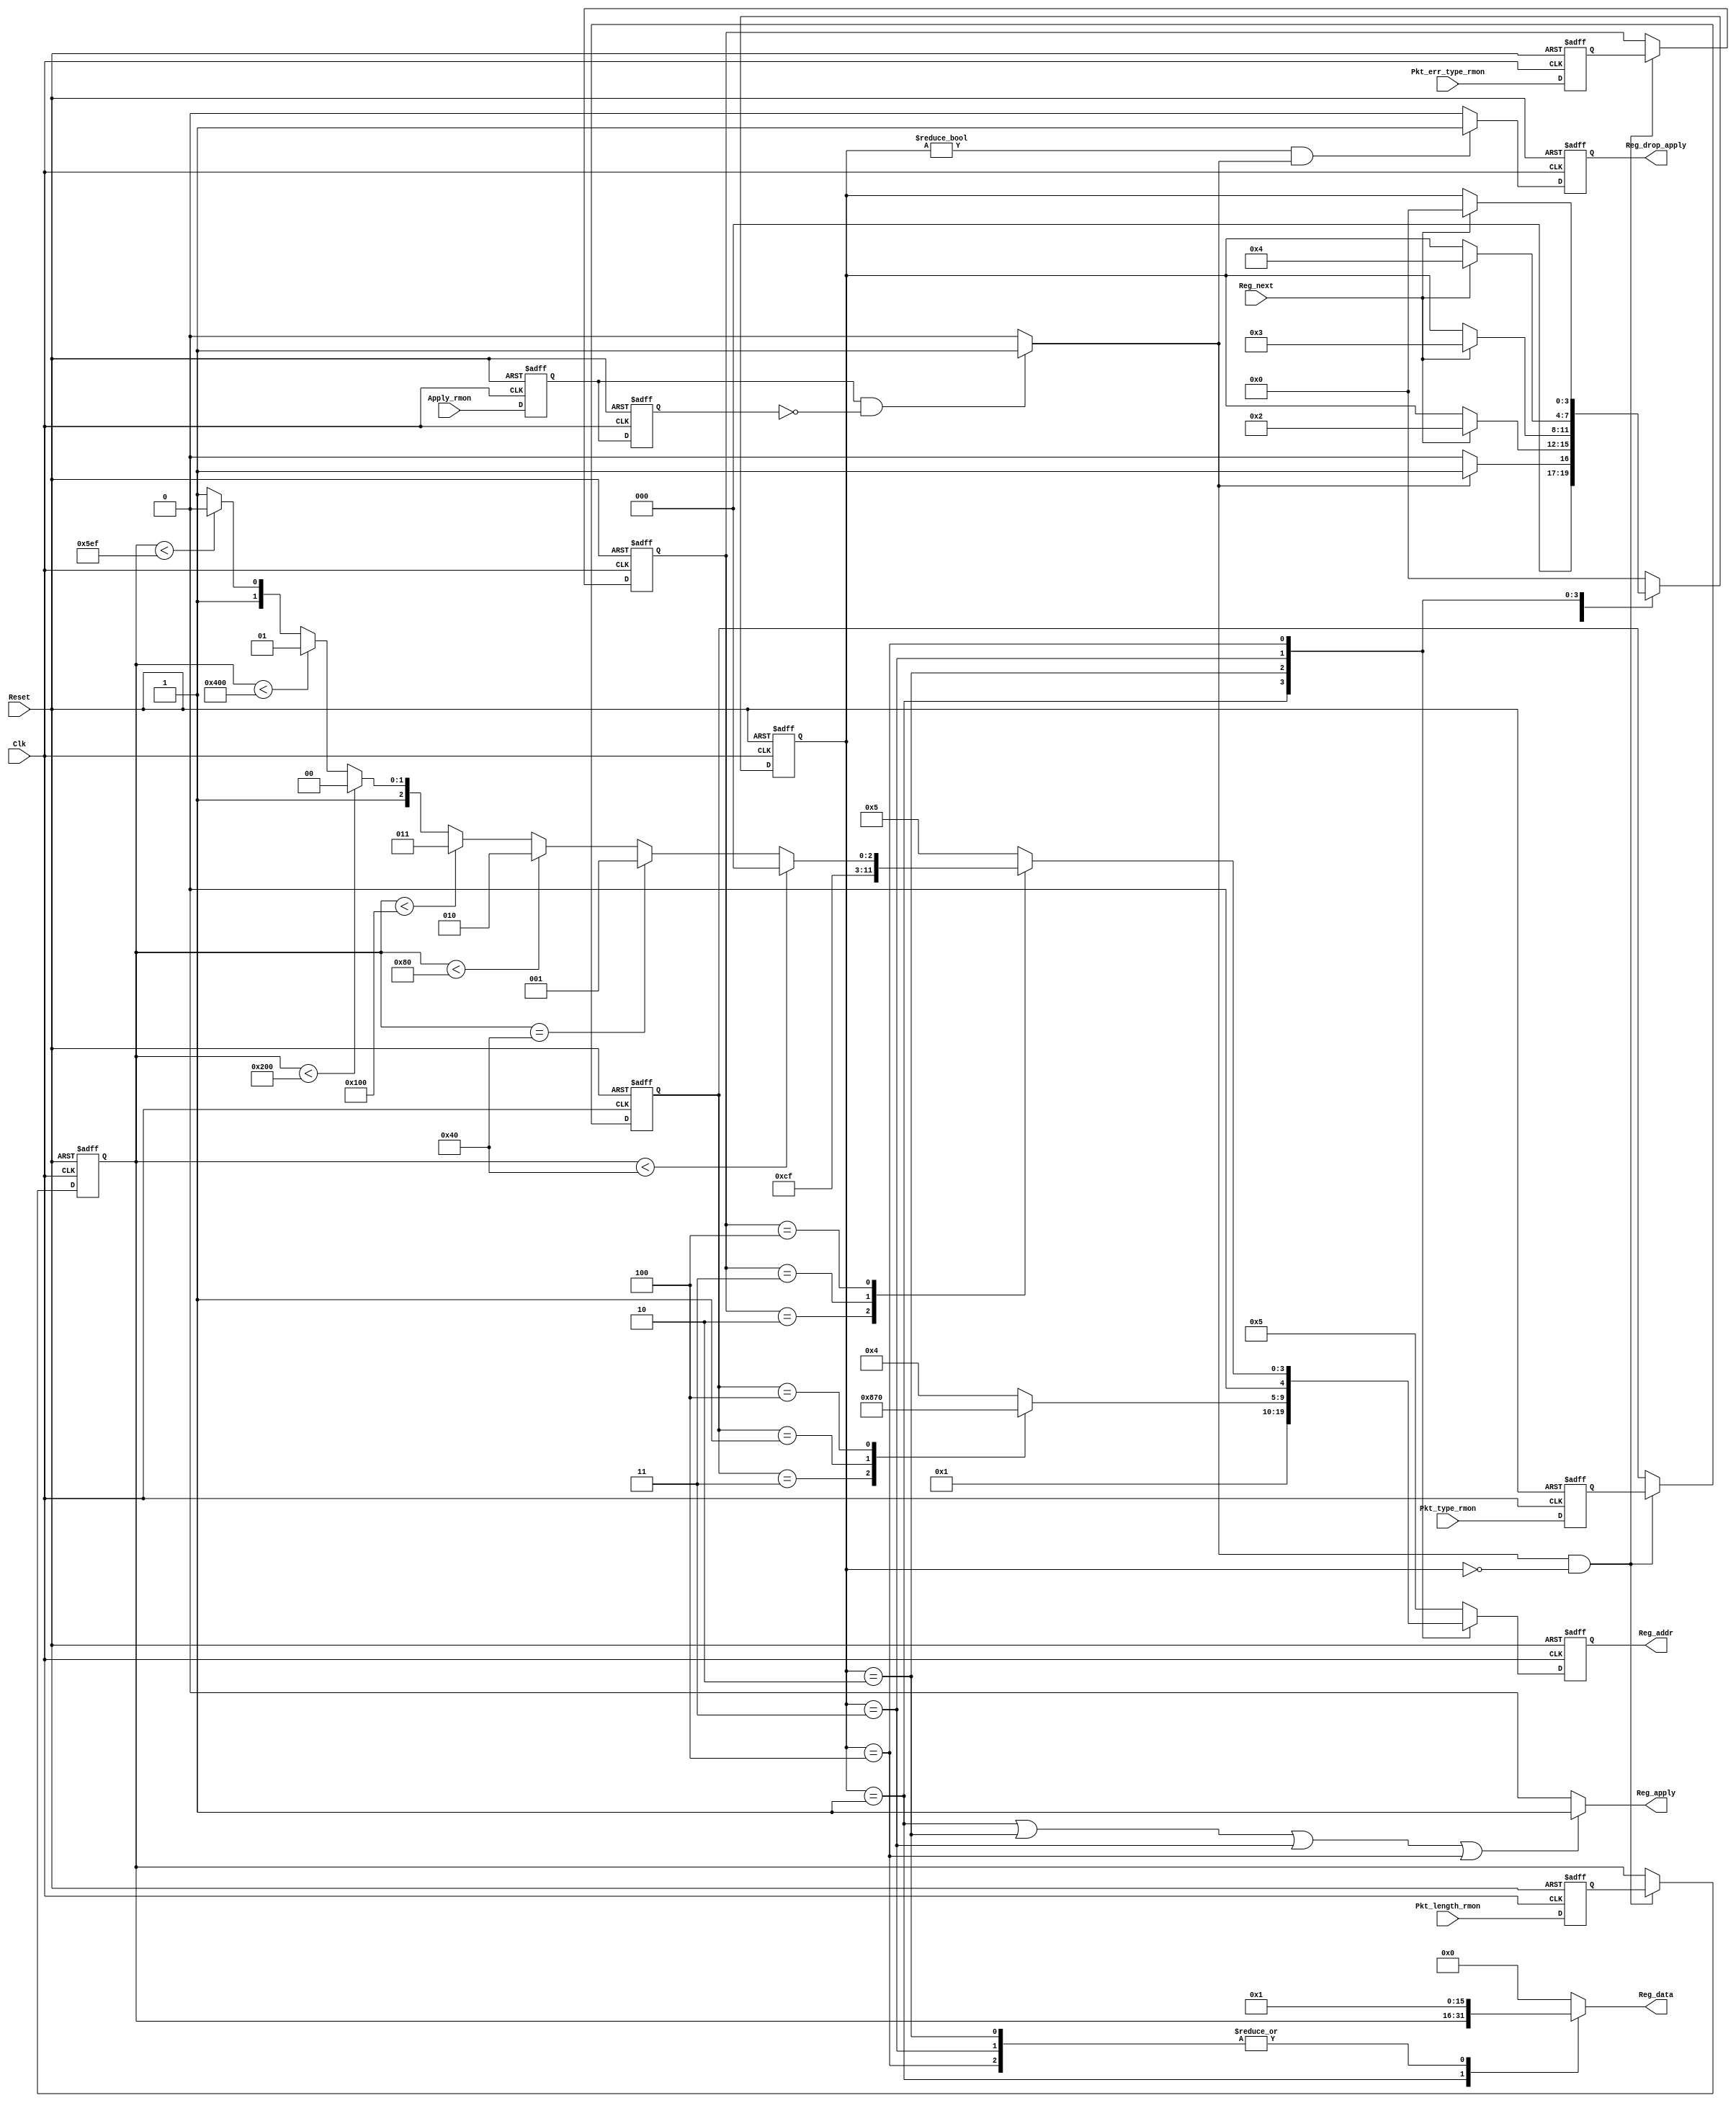
//////////////////////////////////////////////////////////////////////
////                                                              ////
////  RMON_addr_gen.v                                             ////
////                                                              ////
////  This file is part of the Ethernet IP core project           ////
////  http://www.opencores.org/projects.cgi/web/ethernet_tri_mode/////
////                                                              ////
////  Author(s):                                                  ////
////      - Jon Gao (gaojon@yahoo.com)                            ////
////                                                              ////
////                                                              ////
//////////////////////////////////////////////////////////////////////
////                                                              ////
//// Copyright (C) 2001 Authors                                   ////
////                                                              ////
//// This source file may be used and distributed without         ////
//// restriction provided that this copyright statement is not    ////
//// removed from the file and that any derivative work contains  ////
//// the original copyright notice and the associated disclaimer. ////
////                                                              ////
//// This source file is free software; you can redistribute it   ////
//// and/or modify it under the terms of the GNU Lesser General   ////
//// Public License as published by the Free Software Foundation; ////
//// either version 2.1 of the License, or (at your option) any   ////
//// later version.                                               ////
////                                                              ////
//// This source is distributed in the hope that it will be       ////
//// useful, but WITHOUT ANY WARRANTY; without even the implied   ////
//// warranty of MERCHANTABILITY or FITNESS FOR A PARTICULAR      ////
//// PURPOSE.  See the GNU Lesser General Public License for more ////
//// details.                                                     ////
////                                                              ////
//// You should have received a copy of the GNU Lesser General    ////
//// Public License along with this source; if not, download it   ////
//// from http://www.opencores.org/lgpl.shtml                     ////
////                                                              ////
//////////////////////////////////////////////////////////////////////
//                                                                    
// CVS Revision History                                               
//                                                                    
// $Log: RMON_addr_gen.v,v $
// Revision 1.4  2006/06/25 04:58:57  maverickist
// no message
//
// Revision 1.3  2006/01/19 14:07:55  maverickist
// verification is complete.
//
// Revision 1.2  2005/12/16 06:44:19  Administrator
// replaced tab with space.
// passed 9.6k length frame test.
//
// Revision 1.1.1.1  2005/12/13 01:51:45  Administrator
// no message
//         
module RMON_addr_gen(
Clk                 ,                              
Reset               ,                              
//RMON                                             
Pkt_type_rmon       ,                              
Pkt_length_rmon     ,                              
Apply_rmon          ,//pluse signal looks like eop 
Pkt_err_type_rmon   ,                              
//                                                 
Reg_apply           ,                              
Reg_addr            ,                              
Reg_data            ,                              
Reg_next            ,                              
//CPU                                              
Reg_drop_apply                                
);
input           Clk                 ;
input           Reset               ;
                //RMON
input   [2:0]   Pkt_type_rmon       ;
input   [15:0]  Pkt_length_rmon     ;
input           Apply_rmon          ;//pluse signal looks like eop
input   [2:0]   Pkt_err_type_rmon   ;
                //RMON_ctrl
output          Reg_apply           ;
output  [4:0]   Reg_addr            ;
output  [15:0]  Reg_data            ;
input           Reg_next            ;
                //CPU
output          Reg_drop_apply      ;

//******************************************************************************
//internal signals                                                              
//******************************************************************************
parameter       StateIdle       =4'd0;
parameter       StatePktLength  =4'd1;
parameter       StatePktNumber  =4'd2;
parameter       StatePktType    =4'd3;
parameter       StatePktRange   =4'd4;

reg [3:0]       CurrentState /* synthesys syn_keep=1 */;
reg [3:0]       NextState;
    
reg [2:0]       PktTypeReg      ;
reg [15:0]      PktLengthReg    ;
reg [2:0]       PktErrTypeReg   ;
    
reg             Reg_apply       ;
reg [4:0]       Reg_addr            ;
reg [15:0]      Reg_data            ;
reg             Reg_drop_apply  ;
//******************************************************************************
//register boundery signals    
                                                    
//******************************************************************************
reg             Apply_rmon_dl1;
reg             Apply_rmon_dl2;
reg             Apply_rmon_pulse;
reg [2:0]       Pkt_type_rmon_dl1       ;
reg [15:0]      Pkt_length_rmon_dl1     ;
reg [2:0]       Pkt_err_type_rmon_dl1   ;

always @(posedge Clk or posedge Reset)
    if (Reset)
        begin
        Pkt_type_rmon_dl1       <=0;
        Pkt_length_rmon_dl1     <=0;
        Pkt_err_type_rmon_dl1   <=0;
        end              
    else
        begin
        Pkt_type_rmon_dl1       <=Pkt_type_rmon     ;   
        Pkt_length_rmon_dl1     <=Pkt_length_rmon   ;
        Pkt_err_type_rmon_dl1   <=Pkt_err_type_rmon ;
        end 

always @(posedge Clk or posedge Reset)
    if (Reset)
        begin
        Apply_rmon_dl1  <=0;
        Apply_rmon_dl2  <=0;
        end
    else
        begin
        Apply_rmon_dl1  <=Apply_rmon;
        Apply_rmon_dl2  <=Apply_rmon_dl1;
        end 
    
always @(Apply_rmon_dl1 or Apply_rmon_dl2)
    if (Apply_rmon_dl1&!Apply_rmon_dl2)
        Apply_rmon_pulse    =1;
    else
        Apply_rmon_pulse    =0;


    
always @(posedge Clk or posedge Reset)
    if (Reset)
        begin
        PktTypeReg          <=0;
        PktLengthReg        <=0;
        PktErrTypeReg       <=0;    
        end
    else if (Apply_rmon_pulse&&CurrentState==StateIdle)
        begin
        PktTypeReg          <=Pkt_type_rmon_dl1     ;
        PktLengthReg        <=Pkt_length_rmon_dl1   ;
        PktErrTypeReg       <=Pkt_err_type_rmon_dl1 ;    
        end     
        

//******************************************************************************
//State Machine                                                             
//******************************************************************************
always @(posedge Clk or posedge Reset)
    if (Reset)
        CurrentState    <=StateIdle;
    else
        CurrentState    <=NextState;
        
always @(CurrentState or Apply_rmon_pulse or Reg_next)
    case (CurrentState)
        StateIdle:
            if (Apply_rmon_pulse)
                NextState   =StatePktLength;
            else
                NextState   =StateIdle;
        StatePktLength:
            if (Reg_next)
                NextState   =StatePktNumber;
            else
                NextState   =CurrentState;
        StatePktNumber:
            if (Reg_next)
                NextState   =StatePktType;
            else
                NextState   =CurrentState;
        StatePktType:
            if (Reg_next)
                NextState   =StatePktRange;
            else
                NextState   =CurrentState;
        StatePktRange:
            if (Reg_next)
                NextState   =StateIdle;
            else
                NextState   =CurrentState;
        default:
                NextState   =StateIdle;
    endcase 
            
//******************************************************************************
//gen output signals                                                            
//******************************************************************************
//Reg_apply
always @ (CurrentState)
    if (CurrentState==StatePktLength||CurrentState==StatePktNumber||
        CurrentState==StatePktType||CurrentState==StatePktRange)
        Reg_apply   =1;
    else
        Reg_apply   =0;
        
//Reg_addr
always @ (posedge Clk or posedge Reset)
    if (Reset)
        Reg_addr    <=0;
    else case (CurrentState)
            StatePktLength:
                Reg_addr    <=5'd00;
            StatePktNumber:
                Reg_addr    <=5'd01;
            StatePktType:
                case(PktTypeReg)
                    3'b011:
                        Reg_addr    <=5'd02;    //broadcast
                    3'b001:
                        Reg_addr    <=5'd03;    //multicast 
                    3'b100:
                        Reg_addr    <=5'd16;    //pause frame   
                    default:
                        Reg_addr    <=5'd04;    //unicast
                endcase
            StatePktRange:
                case(PktErrTypeReg)
                    3'b001:
                        Reg_addr    <=5'd05; 
                    3'b010:
                        Reg_addr    <=5'd06;    
                    3'b011:
                        Reg_addr    <=5'd07;    
                    3'b100:
                        if (PktLengthReg<64)    
                            Reg_addr    <=5'd08; 
                        else if (PktLengthReg==64)
                            Reg_addr    <=5'd09; 
                        else if (PktLengthReg<128)
                            Reg_addr    <=5'd10; 
                        else if (PktLengthReg<256)
                            Reg_addr    <=5'd11; 
                        else if (PktLengthReg<512)
                            Reg_addr    <=5'd12; 
                        else if (PktLengthReg<1024)
                            Reg_addr    <=5'd13; 
                        else if (PktLengthReg<1519)
                            Reg_addr    <=5'd14; 
                        else
                            Reg_addr    <=5'd15; 
                    default:
                        Reg_addr    <=5'd05;
                endcase
            default:
                    Reg_addr    <=5'd05;
        endcase
                
//Reg_data
always @ (CurrentState or PktLengthReg)
    case (CurrentState)
        StatePktLength:
            Reg_data    =PktLengthReg;
        StatePktNumber:
            Reg_data    =1;
        StatePktType:
            Reg_data =1;
        StatePktRange:
            Reg_data =1;
        default:
            Reg_data =0;
    endcase
    
//Reg_drop_apply
always @ (posedge Clk or posedge Reset)
    if (Reset)
        Reg_drop_apply  <=0;
    else if (CurrentState!=StateIdle&&Apply_rmon_pulse)
        Reg_drop_apply  <=1;
    else
        Reg_drop_apply  <=0;
                

endmodule